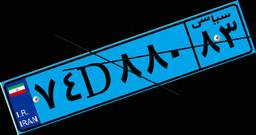
۷۴D۸۸۰۸۳